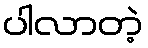
ပါလာတဲ့